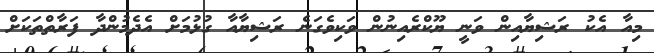
މިއާ އެކު ރަޝިޔާއިން ވަނީ ޔޫކްރެއިނުން ވަކިވެގަނެ ރަޝިޔާއާ ގުޅުމަށް އެދެމުންދާ ފަރާތްތަކަށް